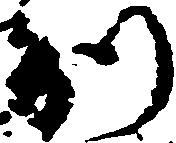
別